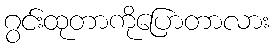
ဂွင်းထုတာကိုပြောတာလား